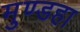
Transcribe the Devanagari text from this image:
मुण्डहा